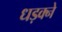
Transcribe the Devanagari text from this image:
धड़क्ने